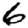
Digit: 6